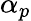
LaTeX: \alpha_{p}